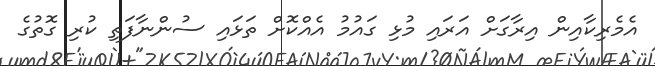
އެމެރިކާއިން އިރާގަށް އަރައި މުޅި ގައުމު އެއްކޮށް ތަޅައި ސުންނާފަތި ކުރި ގޮތުގެ